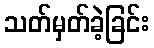
သတ်မှတ်ခဲ့ခြင်း